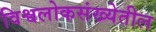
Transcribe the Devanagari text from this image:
विश्वलोकसंख्येतील